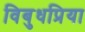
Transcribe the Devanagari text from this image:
विबुधप्रिया